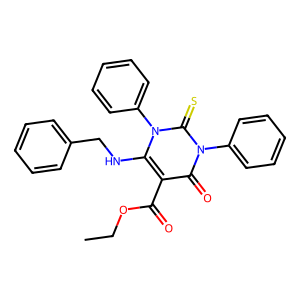
SMILES: CCOC(=O)c1c(NCc2ccccc2)n(-c2ccccc2)c(=S)n(-c2ccccc2)c1=O
Inhibits HIV replication: No